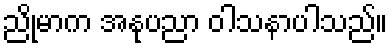
ညိုမာက အနုပညာ ဝါသနာပါသည်။